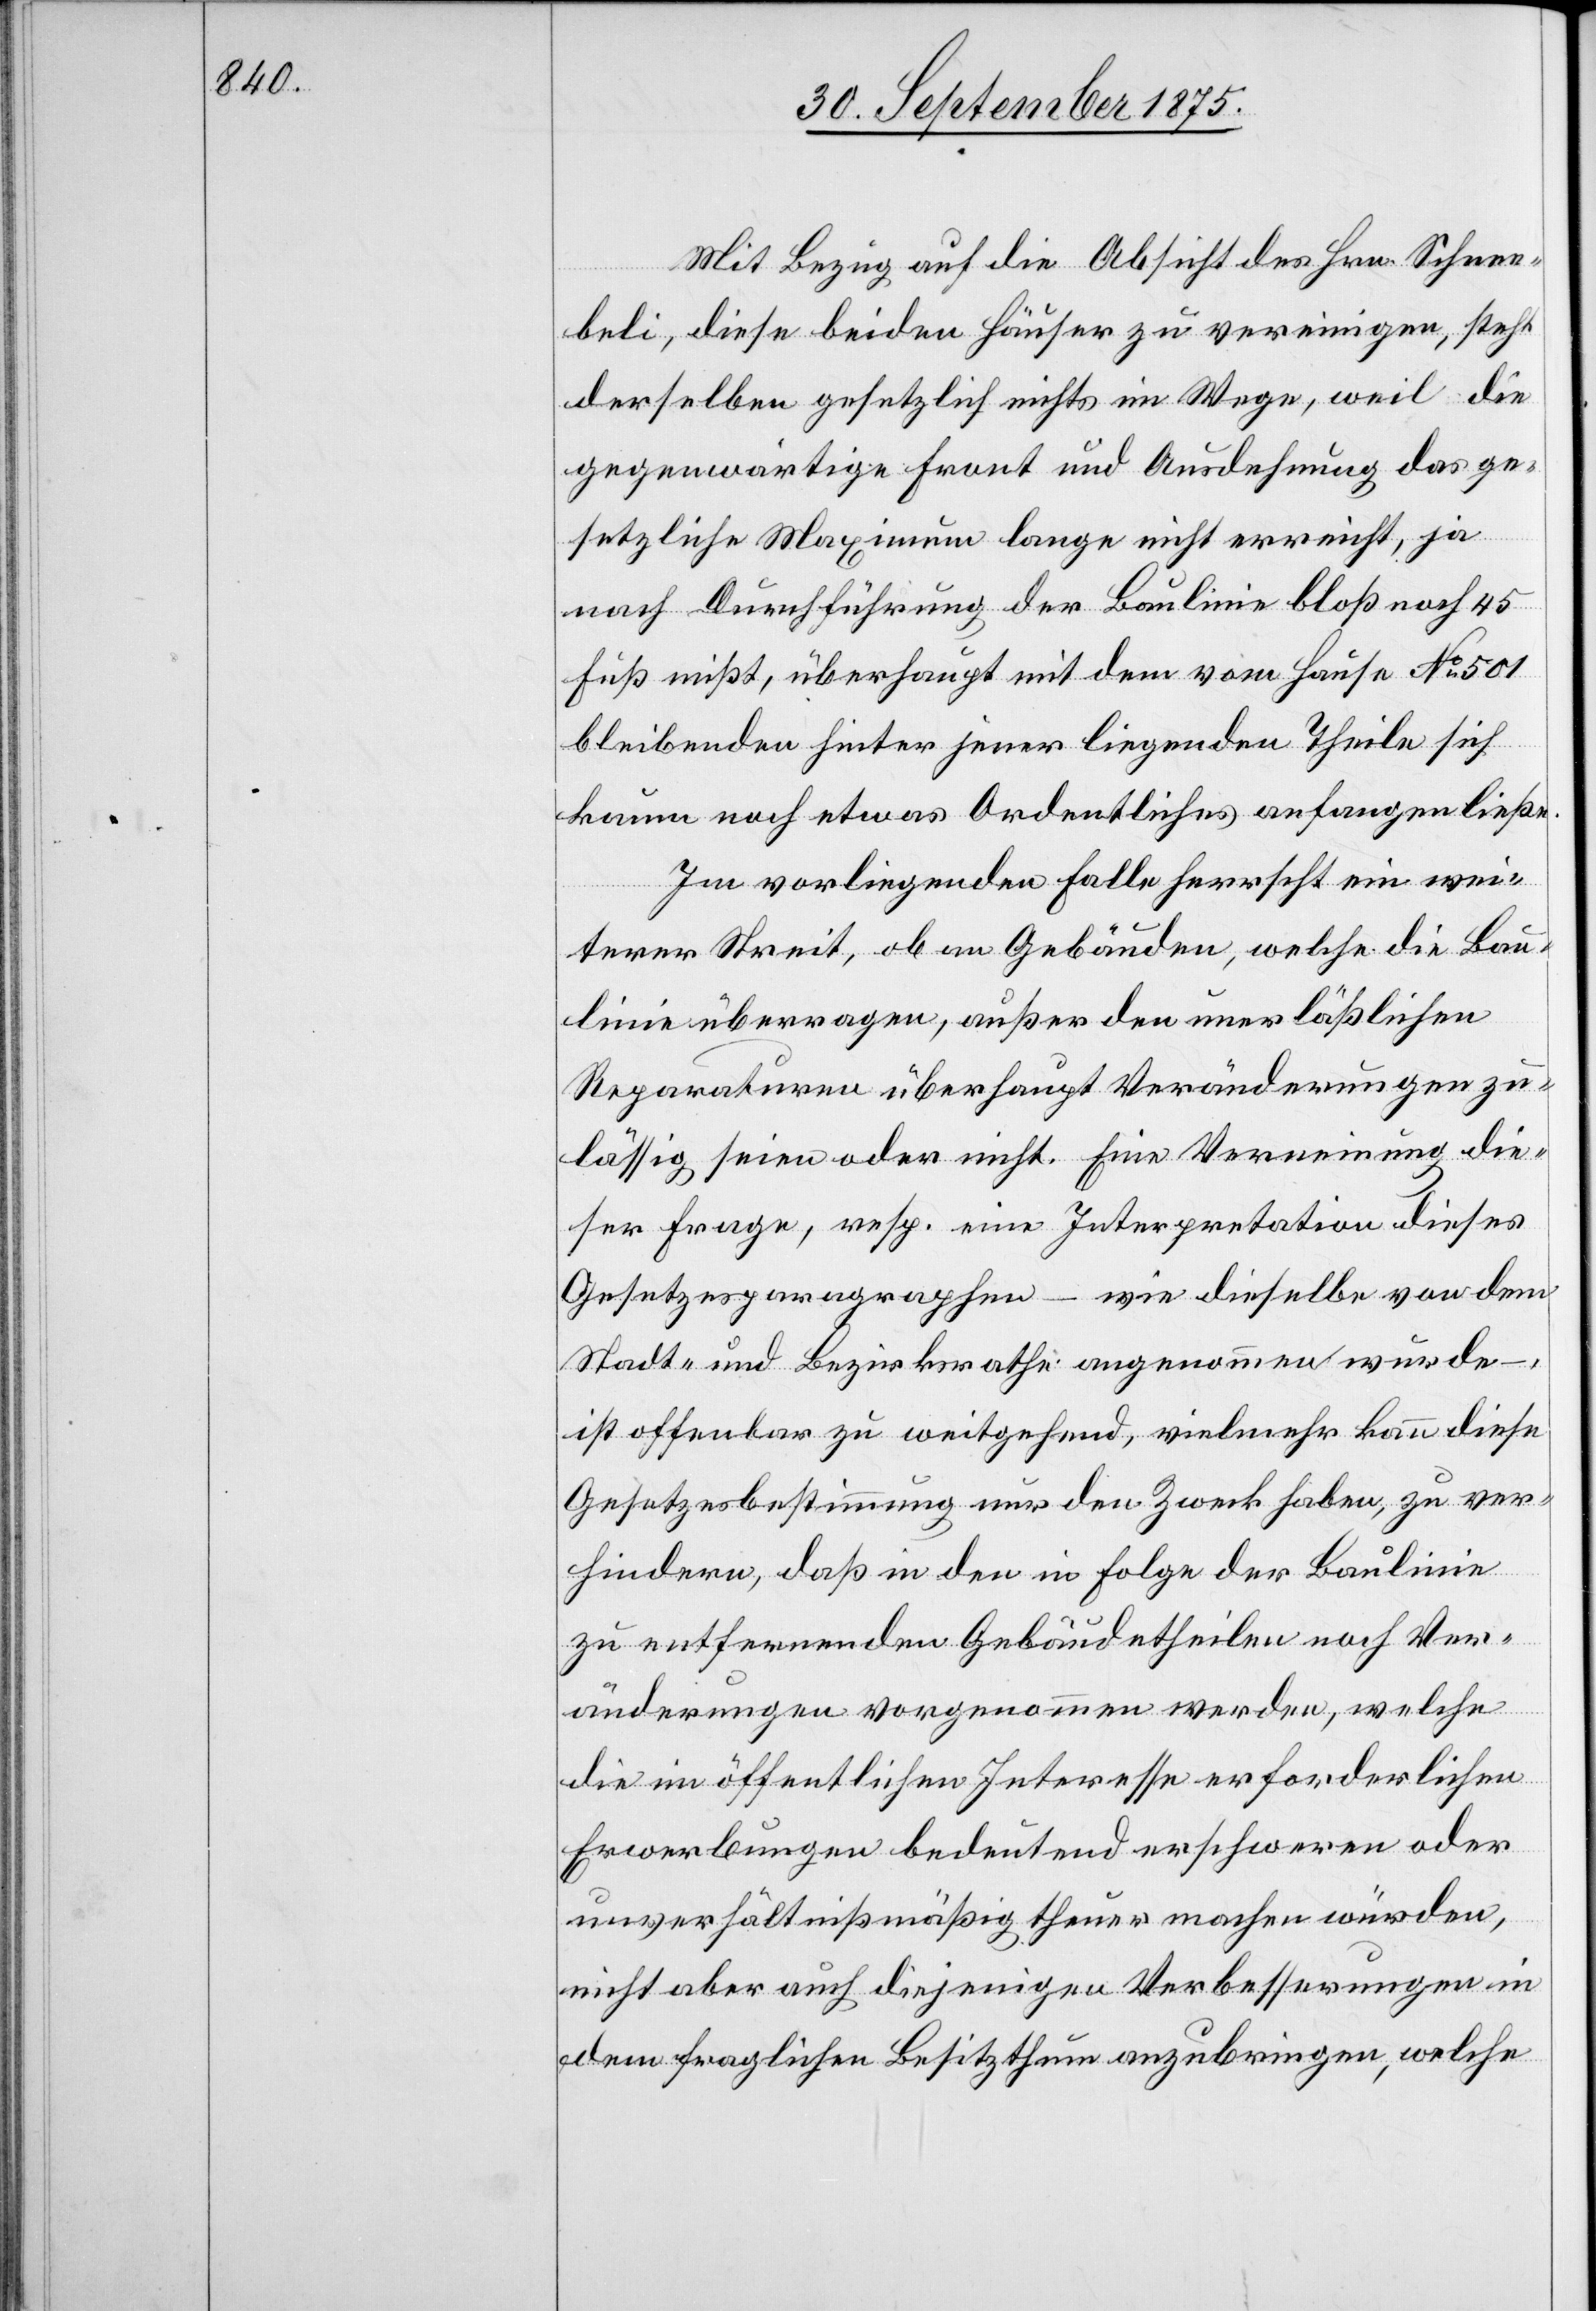
Mit Bezug auf die Absicht des Hrn. Schnee¬
beli, diese beiden Häuser zu vereinigen, steht
derselben gesetzlich nichts im Wege, weil die
gegenwärtige Front und Ausdehnung das ge¬
setzliche Maximum lange nicht erreicht, ja
nach Durchführung der Baulinie bloß noch 45
Fuß mißt, überhaupt mit dem vom Hause No 501
bleibenden hinter jener liegenden Theile sich
kaum noch etwas Ordentliches anfangen ließe.
Im vorliegenden Falle herrscht ein wei¬
terer Streit, ob an Gebäuden, welche die Bau¬
linie überragen, außer den unerläßlichen
Reparaturen überhaupt Veränderungen zu¬
lässig seien oder nicht. Eine Verneinung die¬
ser Frage, resp. eine Interpretation dieses
Gesetzesparagraphen – wie dieselbe von dem
Stadt- und Bezirksrathe angenommen wurde
ist offenbar zu weitgehend, vielmehr kann diese
Gesetzesbestimmung nur den Zweck haben, zu ver¬
hindern, daß in den in Folge der Baulinie
zu entfernenden Gebäudetheilen noch Ver¬
änderungen vorgenommen werden, welche
die im öffentlichen Interesse erforderlichen
Erwerbungen bedeutend erschweren oder
unverhältnißmäßig theuer machen würden,
nicht aber auch diejenigen Verbesserungen in
dem fraglichen Besitzthum anzubringen, welche